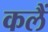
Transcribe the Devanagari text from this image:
कलैं